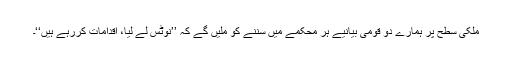
ملکی سطح پر ہمارے دو قومی بیانیے ہر محکمے میں سننے کو ملیں گے کہ ’’نوٹس لے لیا، اقدامات کررہے ہیں‘‘۔